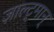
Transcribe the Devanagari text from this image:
ज़ाल्ट्मान्